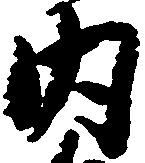
内